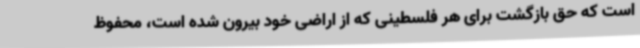
است که حق بازگشت برای هر فلسطینی که از اراضی خود بیرون شده است، محفوظ